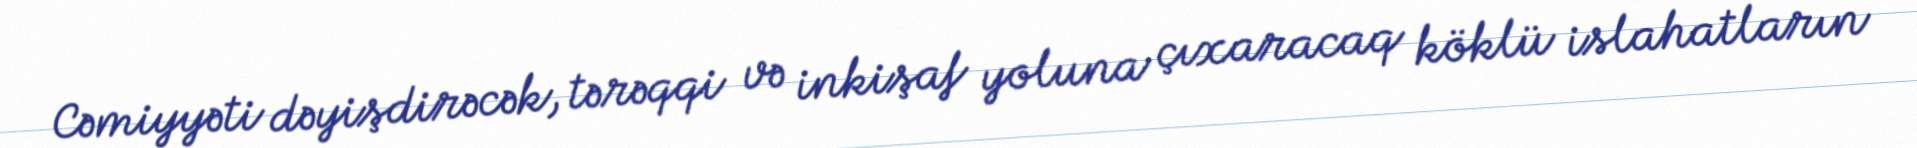
Cəmiyyəti dəyişdirəcək, tərəqqi və inkişaf yoluna çıxaracaq köklü islahatların